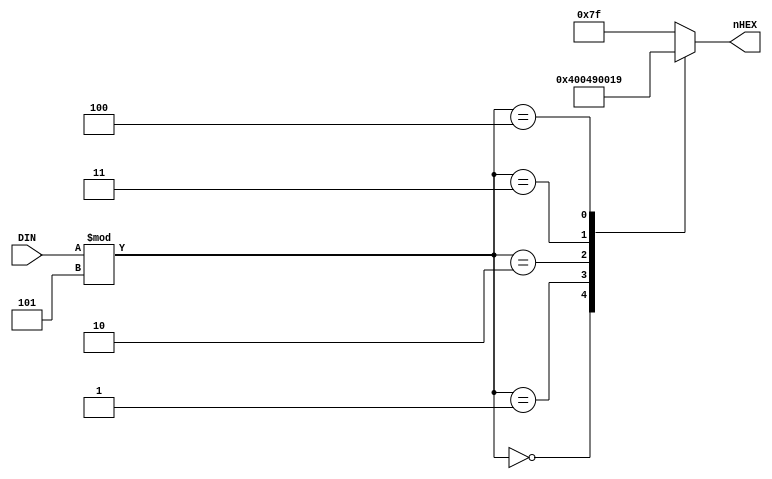
module SEG7DEC(
     input [31:0] DIN,
     output reg [6:0] nHEX
);
//PC
always @* begin
    case(DIN % 5)
        32'd0:	nHEX = 7'b1000000;//0
		32'd1:	nHEX = 7'b0000010;//6
		32'd2:	nHEX = 7'b0100100;//2
		32'd3:	nHEX = 7'b0000000;//8
		32'd4:	nHEX = 7'b0011001;//4
		default:nHEX = 7'b1111111;
    endcase
end

endmodule